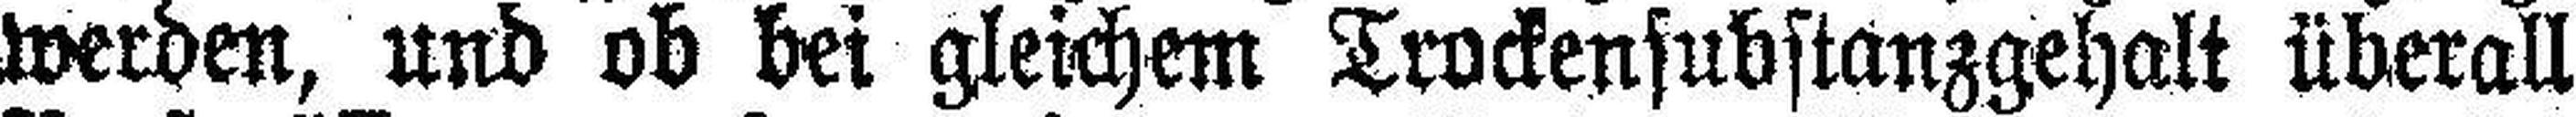
werden, und ob bei gleichem Trockensubstanzgehalt überall